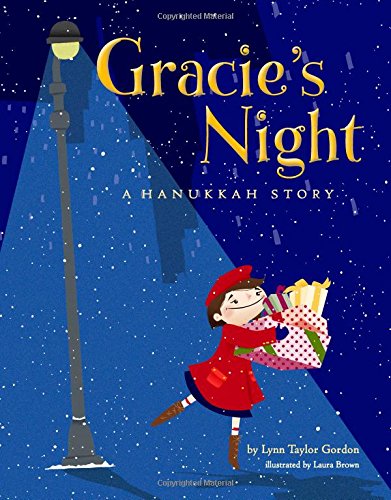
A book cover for Gracie's Night: A Hannukah Story; Lynn Taylor Gordon; Children's Books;